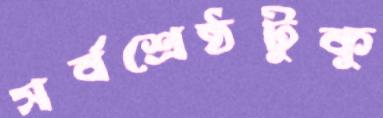
সর্বশ্রেষ্ঠটুকু